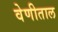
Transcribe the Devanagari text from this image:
वेणीताल